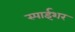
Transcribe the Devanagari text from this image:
स्पाईशर